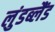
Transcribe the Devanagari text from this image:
लुंडब्लैंड